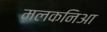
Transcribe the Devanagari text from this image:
मलकनिआ